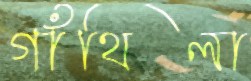
গাঁথিলা